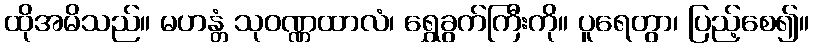
ထိုအမိသည်။ မဟန္တံ သုဝဏ္ဏထာလံ၊ ရွှေခွက်ကြီးကို။ ပူရေတွာ၊ ပြည့်စေ၍။